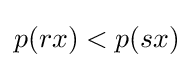
p(rx)<p(sx)